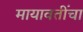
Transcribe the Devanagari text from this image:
मायावतींचा